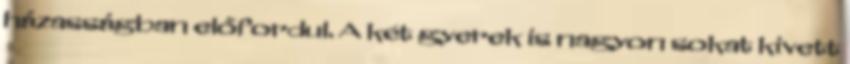
házasságban előfordul. A két gyerek is nagyon sokat kivett